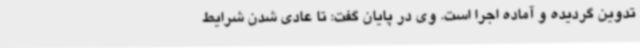
تدوین گردیده و آماده اجرا است. وی در پایان گفت: تا عادی شدن شرایط